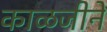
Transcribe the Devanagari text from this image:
काळजीने